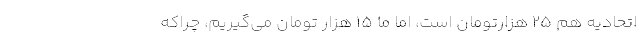
اتحادیه هم ۲۵ هزارتومان است، اما ما ۱۵ هزار تومان می‌گیریم، چراکه